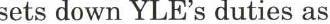
sets down YLE's duties as